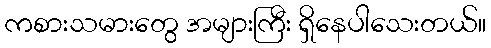
ကစားသမားတွေ အများကြီး ရှိနေပါသေးတယ်။